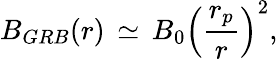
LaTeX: B_{GRB}(r)\, \simeq\, B_{0}\left(\frac{r_{p}}{r}\right)^{2},